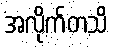
အလိုက်တသိ